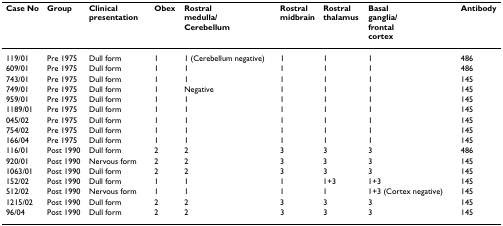
| Case No | Group | Clinicalpresentation | Obex | Rostralmedulla/Cerebellum | Rostralmidbrain | Rostralthalamus | Basalganglia/frontalcortex | Antibody |
 | --- | --- | --- | --- | --- | --- | --- | --- | --- |
 | 119/01 | Pre 1975 | Dull form | 1 | 1 (Cerebellum negative) | 1 | 1 | 1 | 486 |
 | 609/01 | Pre 1975 | Dull form | 1 | 1 | 1 | 1 | 1 | 486 |
 | 743/01 | Pre 1975 | Dull form | 1 | 1 | 1 | 1 | 1 | 145 |
 | 749/01 | Pre 1975 | Dull form | 1 | Negative | 1 | 1 | 1 | 145 |
 | 959/01 | Pre 1975 | Dull form | 1 | 1 | 1 | 1 | 1 | 145 |
 | 1189/01 | Pre 1975 | Dull form | 1 | 1 | 1 | 1 | 1 | 145 |
 | 045/02 | Pre 1975 | Dull form | 1 | 1 | 1 | 1 | 1 | 145 |
 | 754/02 | Pre 1975 | Dull form | 1 | 1 | 1 | 1 | 1 | 145 |
 | 166/04 | Pre 1975 | Dull form | 1 | 1 | 1 | 1 | 1 | 145 |
 | 116/01 | Post 1990 | Dull form | 2 | 2 | 3 | 3 | 3 | 486 |
 | 920/01 | Post 1990 | Nervous form | 2 | 2 | 3 | 3 | 3 | 145 |
 | 1063/01 | Post 1990 | Dull form | 2 | 2 | 3 | 3 | 3 | 145 |
 | 152/02 | Post 1990 | Dull form | 1 | 1 | 1 | 1+3 | 1+3 | 145 |
 | 512/02 | Post 1990 | Nervous form | 1 | 1 | 1 | 1 | 1+3 (Cortex negative) | 145 |
 | 1215/02 | Post 1990 | Dull form | 2 | 2 | 3 | 3 | 3 | 145 |
 | 96/04 | Post 1990 | Dull form | 2 | 2 | 3 | 3 | 3 | 145 |